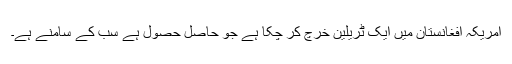
امریکہ افغانستان میں ایک ٹریلین خرچ کر چکا ہے جو حاصل حصول ہے سب کے سامنے ہے۔